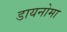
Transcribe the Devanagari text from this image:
डायनोमा